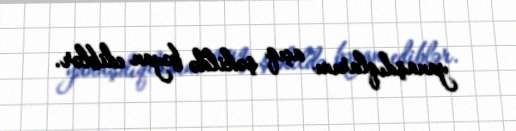
yanaşdıqlarını açıq şəkildə bəyan ediblər.